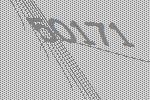
50171